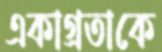
একাগ্রতাকে